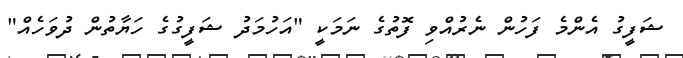
ޝަފީގު އެންމެ ފަހުން ނެރުއްވި ފޮތުގެ ނަމަކީ "އަހުމަދު ޝަފީގުގެ ހަޔާތުން ދުވަހެއް"